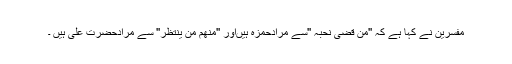
مفسرین نے کہا ہے کہ ''من قضیٰ نحبہ ''سے مرادحمزہ ہیںاور ''منھم من ینتظر'' سے مرادحضرت علی ہیں ۔